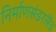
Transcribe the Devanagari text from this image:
निर्माणसंडरलैंड